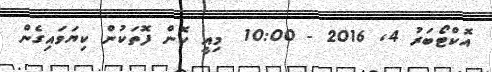
އޮކްޓޯބަރު 4